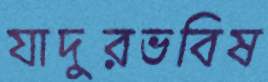
যাদুরভবিষ